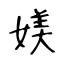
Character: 媄